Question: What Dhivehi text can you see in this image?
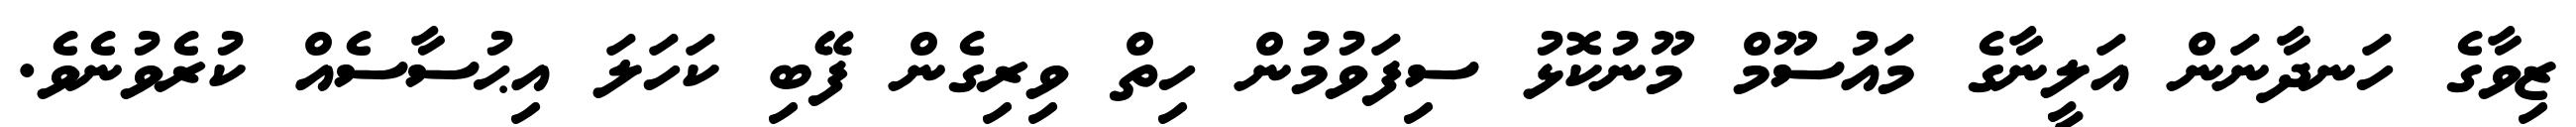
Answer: ޒިވާގެ ހަނދާނަން އަލީނާގެ މައުސޫމް މޫނުކޮޅު ސިފަވުމުން ހިތް ވިރިގެން ފޭބި ކަހަލަ އިޙުސާސެއް ކުރެވުނެވެ.